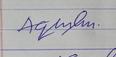
Signature authenticity: forged